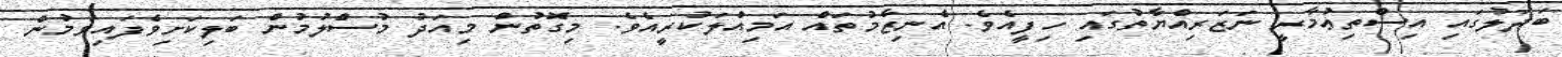
ބަދަލުގައި އިސްތިޢުމާރީ ނަޒަރިއްޔާތުގައި ހިފީއެވެ. އެނިޒާމުތައް އަމިއްލަކުރީއެވެ. މިގޮތުން މިއަދު މުސްލުމުން ބަލިކަށިވެފައިވުމުން